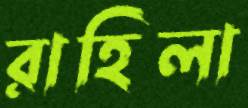
রাহিলা